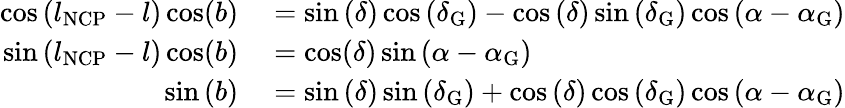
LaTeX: \begin{array}{rl}{\cos\left(l_{\mathrm{NCP}}-l\right)\cos(b)}&{{}=\sin\left(\delta\right)\cos\left(\delta_{\mathrm{G}}\right)-\cos\left(\delta\right)\sin\left(\delta_{\mathrm{G}}\right)\cos\left(\alpha-\alpha_{\mathrm{G}}\right)}\\ {\sin\left(l_{\mathrm{NCP}}-l\right)\cos(b)}&{{}=\cos(\delta)\sin\left(\alpha-\alpha_{\mathrm{G}}\right)}\\ {\sin\left(b\right)}&{{}=\sin\left(\delta\right)\sin\left(\delta_{\mathrm{G}}\right)+\cos\left(\delta\right)\cos\left(\delta_{\mathrm{G}}\right)\cos\left(\alpha-\alpha_{\mathrm{G}}\right)}\end{array}